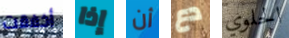
أخفقت إذا أن دع الحلوي